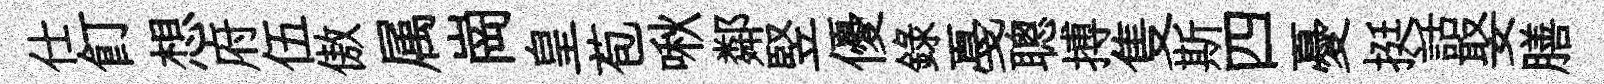
仕飣想府伍傲属崗皇苞啾鄰竪優錄戞聰搏隻斯四憂挺話娶膳